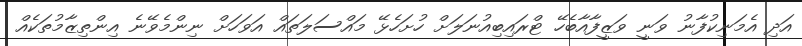
އަދި އެމަނިކުފާނު ވަނީ ވަޒީފާއާބެހޭ ޓްރައިބިއުނަލަށް ހުށަހެޅޭ މައްސަލަތައް އަވަހަށް ނިންމެވޭނެ އިންތިޒާމުތަކެއް